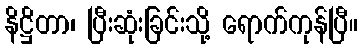
နိဋ္ဌိတာ၊ ပြီးဆုံးခြင်းသို့ ရောက်ကုန်ပြီ။